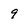
Character: 9